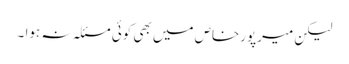
لیکن میرپورخاص میں بھی کوئی مسئلہ نہ ہوا ۔